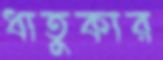
ধাতুকার